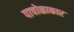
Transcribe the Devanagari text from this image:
पाचोळाकार